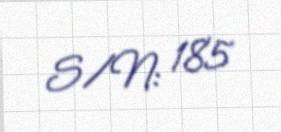
S/N: 185